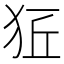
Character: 𤞈